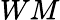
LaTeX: WM